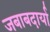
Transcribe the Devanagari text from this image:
जबाबदार्या